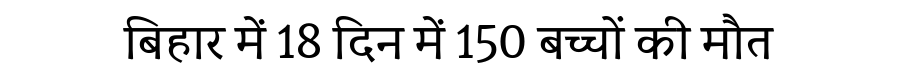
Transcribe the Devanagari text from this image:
बिहार में 18 दिन में 150 बच्चों की मौत